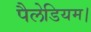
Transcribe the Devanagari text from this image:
पैलेडियम।